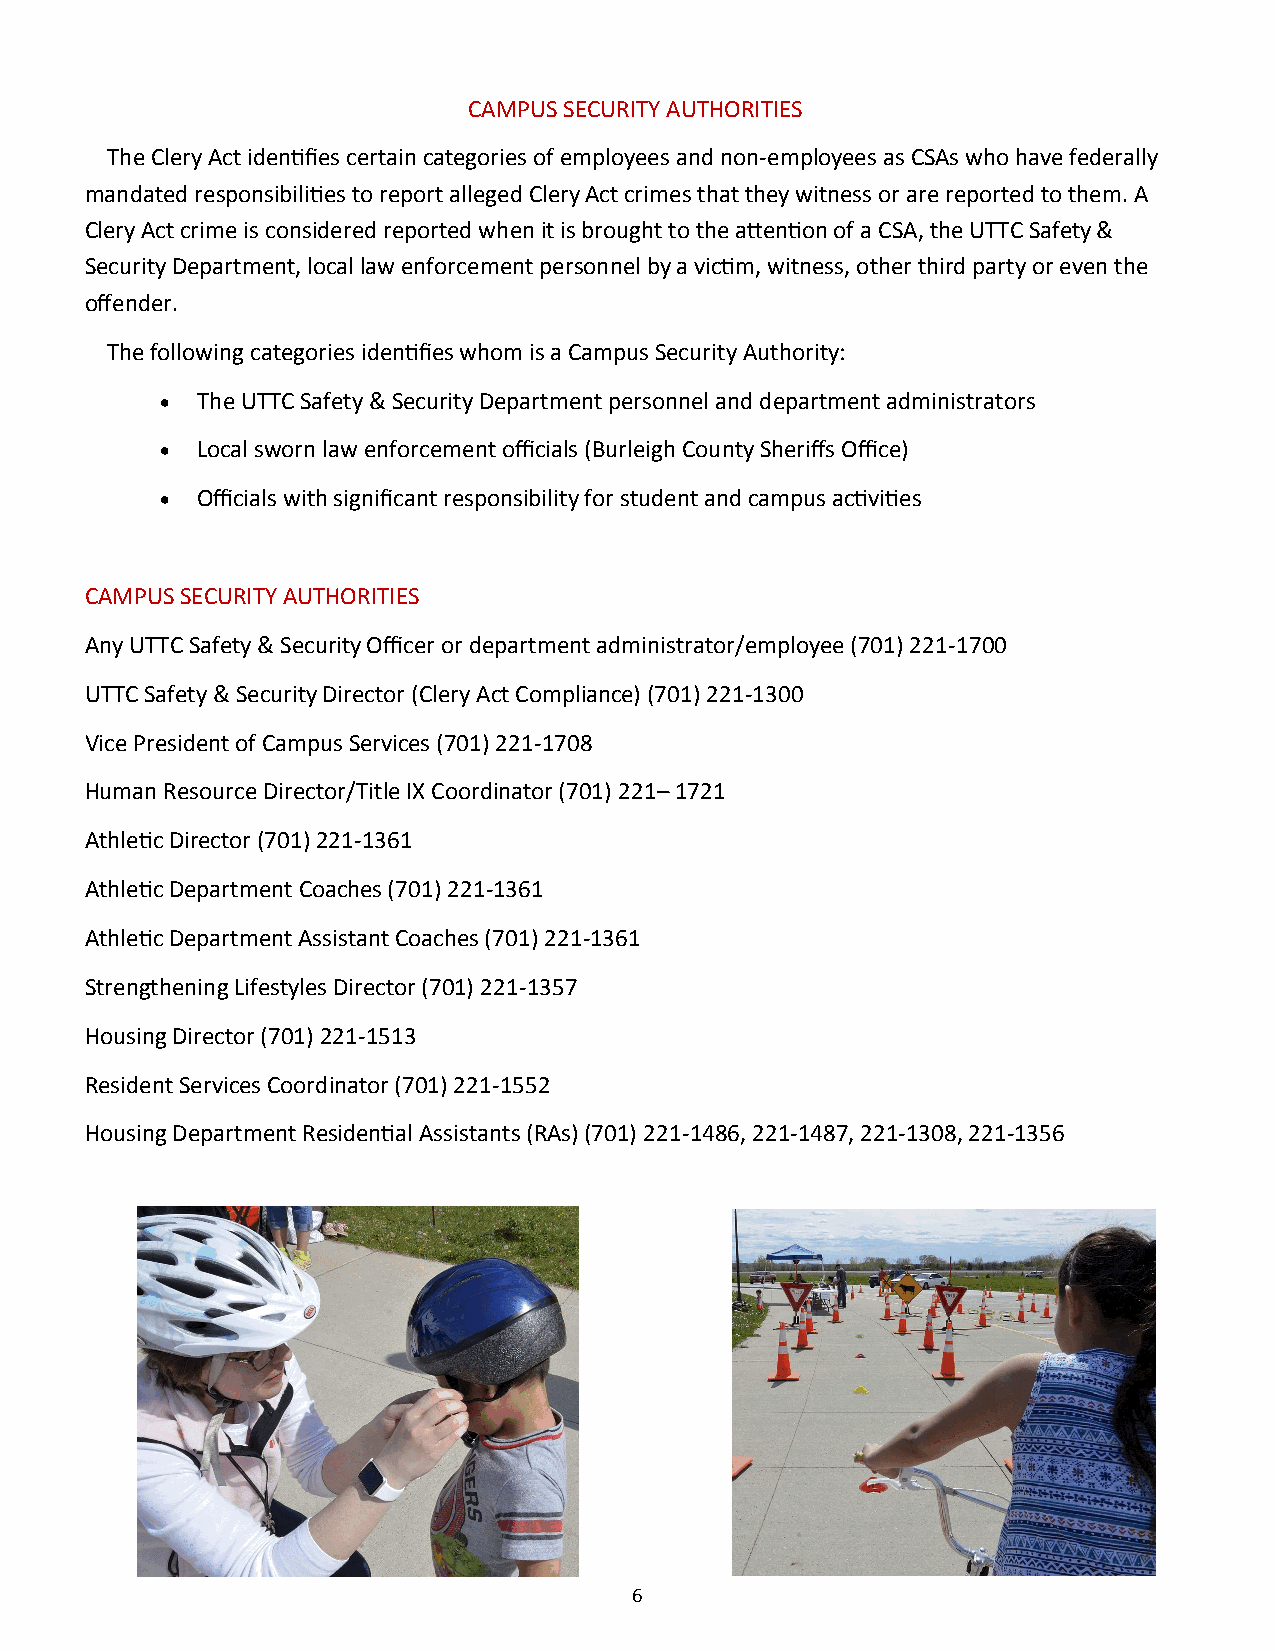
CAMPUS SECURITY AUTHORITIES
 The Clery Act identifies certain categories of employees and non-employees as CSAs who have federally
 mandated responsibilities to report alleged Clery Act crimes that they witness or are reported to them. A
 Clery Act crime is considered reported when it is brought to the attention of a CSA, the UTTC Safety &
 Security Department, local law enforcement personnel by a victim, witness, other third party or even the
 offender.
 The following categories identifies whom is a Campus Security Authority:
  The UTTC Safety & Security Department personnel and department administrators
  Local sworn law enforcement officials (Burleigh County Sheriffs Office)
  Officials with significant responsibility for student and campus activities
 CAMPUS SECURITY AUTHORITIES
 Any UTTC Safety & Security Officer or department administrator/employee (701) 221-1700
 UTTC Safety & Security Director (Clery Act Compliance) (701) 221-1300
 Vice President of Campus Services (701) 221-1708
 Human Resource Director/Title IX Coordinator (701) 221– 1721
 Athletic Director (701) 221-1361
 Athletic Department Coaches (701) 221-1361
 Athletic Department Assistant Coaches (701) 221-1361
 Strengthening Lifestyles Director (701) 221-1357
 Housing Director (701) 221-1513
 Resident Services Coordinator (701) 221-1552
 Housing Department Residential Assistants (RAs) (701) 221-1486, 221-1487, 221-1308, 221-1356
 6